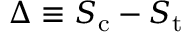
\Delta \equiv S _ { \mathrm { c } } - S _ { \mathrm { t } }